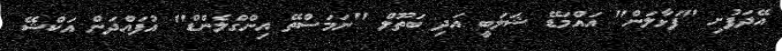
އޭދަފުށި "ފަޅާލަން" އައްމަޑޭ ޝަލަބީ އަދި ބަތޫލް "ނަމަސްތޭ އިންގްލެންޑް" އުފައްދަން އަކްޝޭ